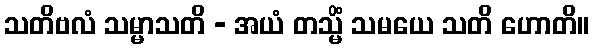
သတိဗလံ သမ္မာသတိ - အယံ တသ္မိံ သမယေ သတိ ဟောတိ။